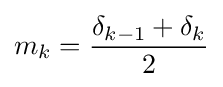
m_{k}={\frac {\delta _{k-1}+\delta _{k}}{2}}